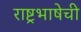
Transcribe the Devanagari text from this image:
राष्ट्रभाषेची